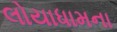
લોયાધામના